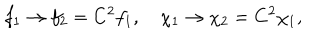
f _ { 1 } \rightarrow f _ { 2 } = C ^ { 2 } f _ { 1 } , \quad \chi _ { 1 } \rightarrow \chi _ { 2 } = C ^ { 2 } \chi _ { 1 } ,